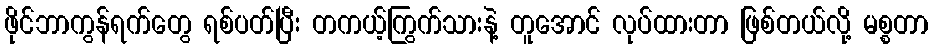
ဖိုင်ဘာကွန်ရက်တွေ ရစ်ပတ်ပြီး တကယ့်ကြွက်သားနဲ့ တူအောင် လုပ်ထားတာ ဖြစ်တယ်လို့ မစ္စတာ